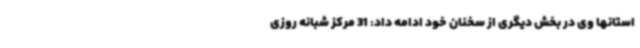
استانها وی در بخش دیگری از سخنان خود ادامه داد: 31 مرکز شبانه روزی